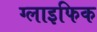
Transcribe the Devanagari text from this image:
ग्लाइफिक